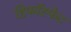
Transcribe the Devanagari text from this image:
डिफॉस्फेट